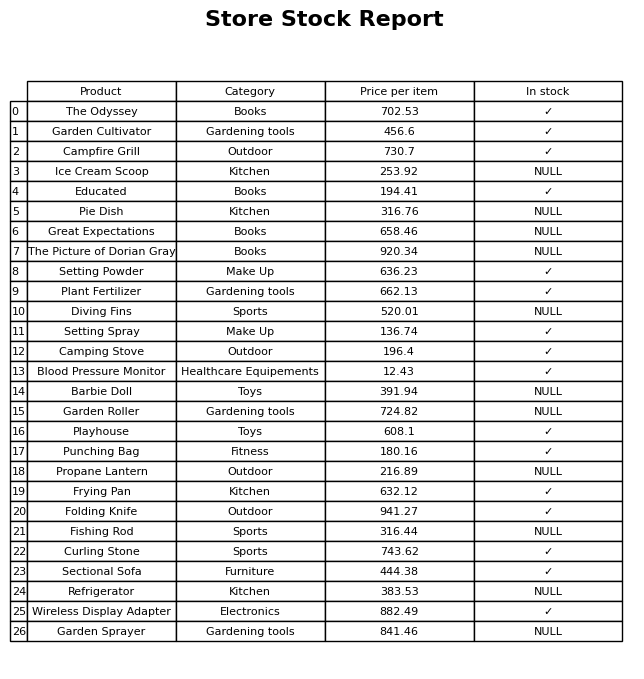
question: What is the price for Pie Dish?
answer: The price of Pie Dish is 316.76.